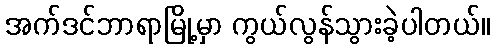
အက်ဒင်ဘာရာမြို့မှာ ကွယ်လွန်သွားခဲ့ပါတယ်။